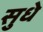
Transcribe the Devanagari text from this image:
सुधे